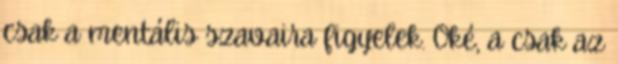
csak a mentális szavaira figyelek. Oké, a csak az